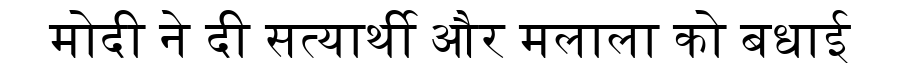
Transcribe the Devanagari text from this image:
मोदी ने दी सत्यार्थी और मलाला को बधाई